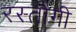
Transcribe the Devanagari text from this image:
रस्‍तोगी